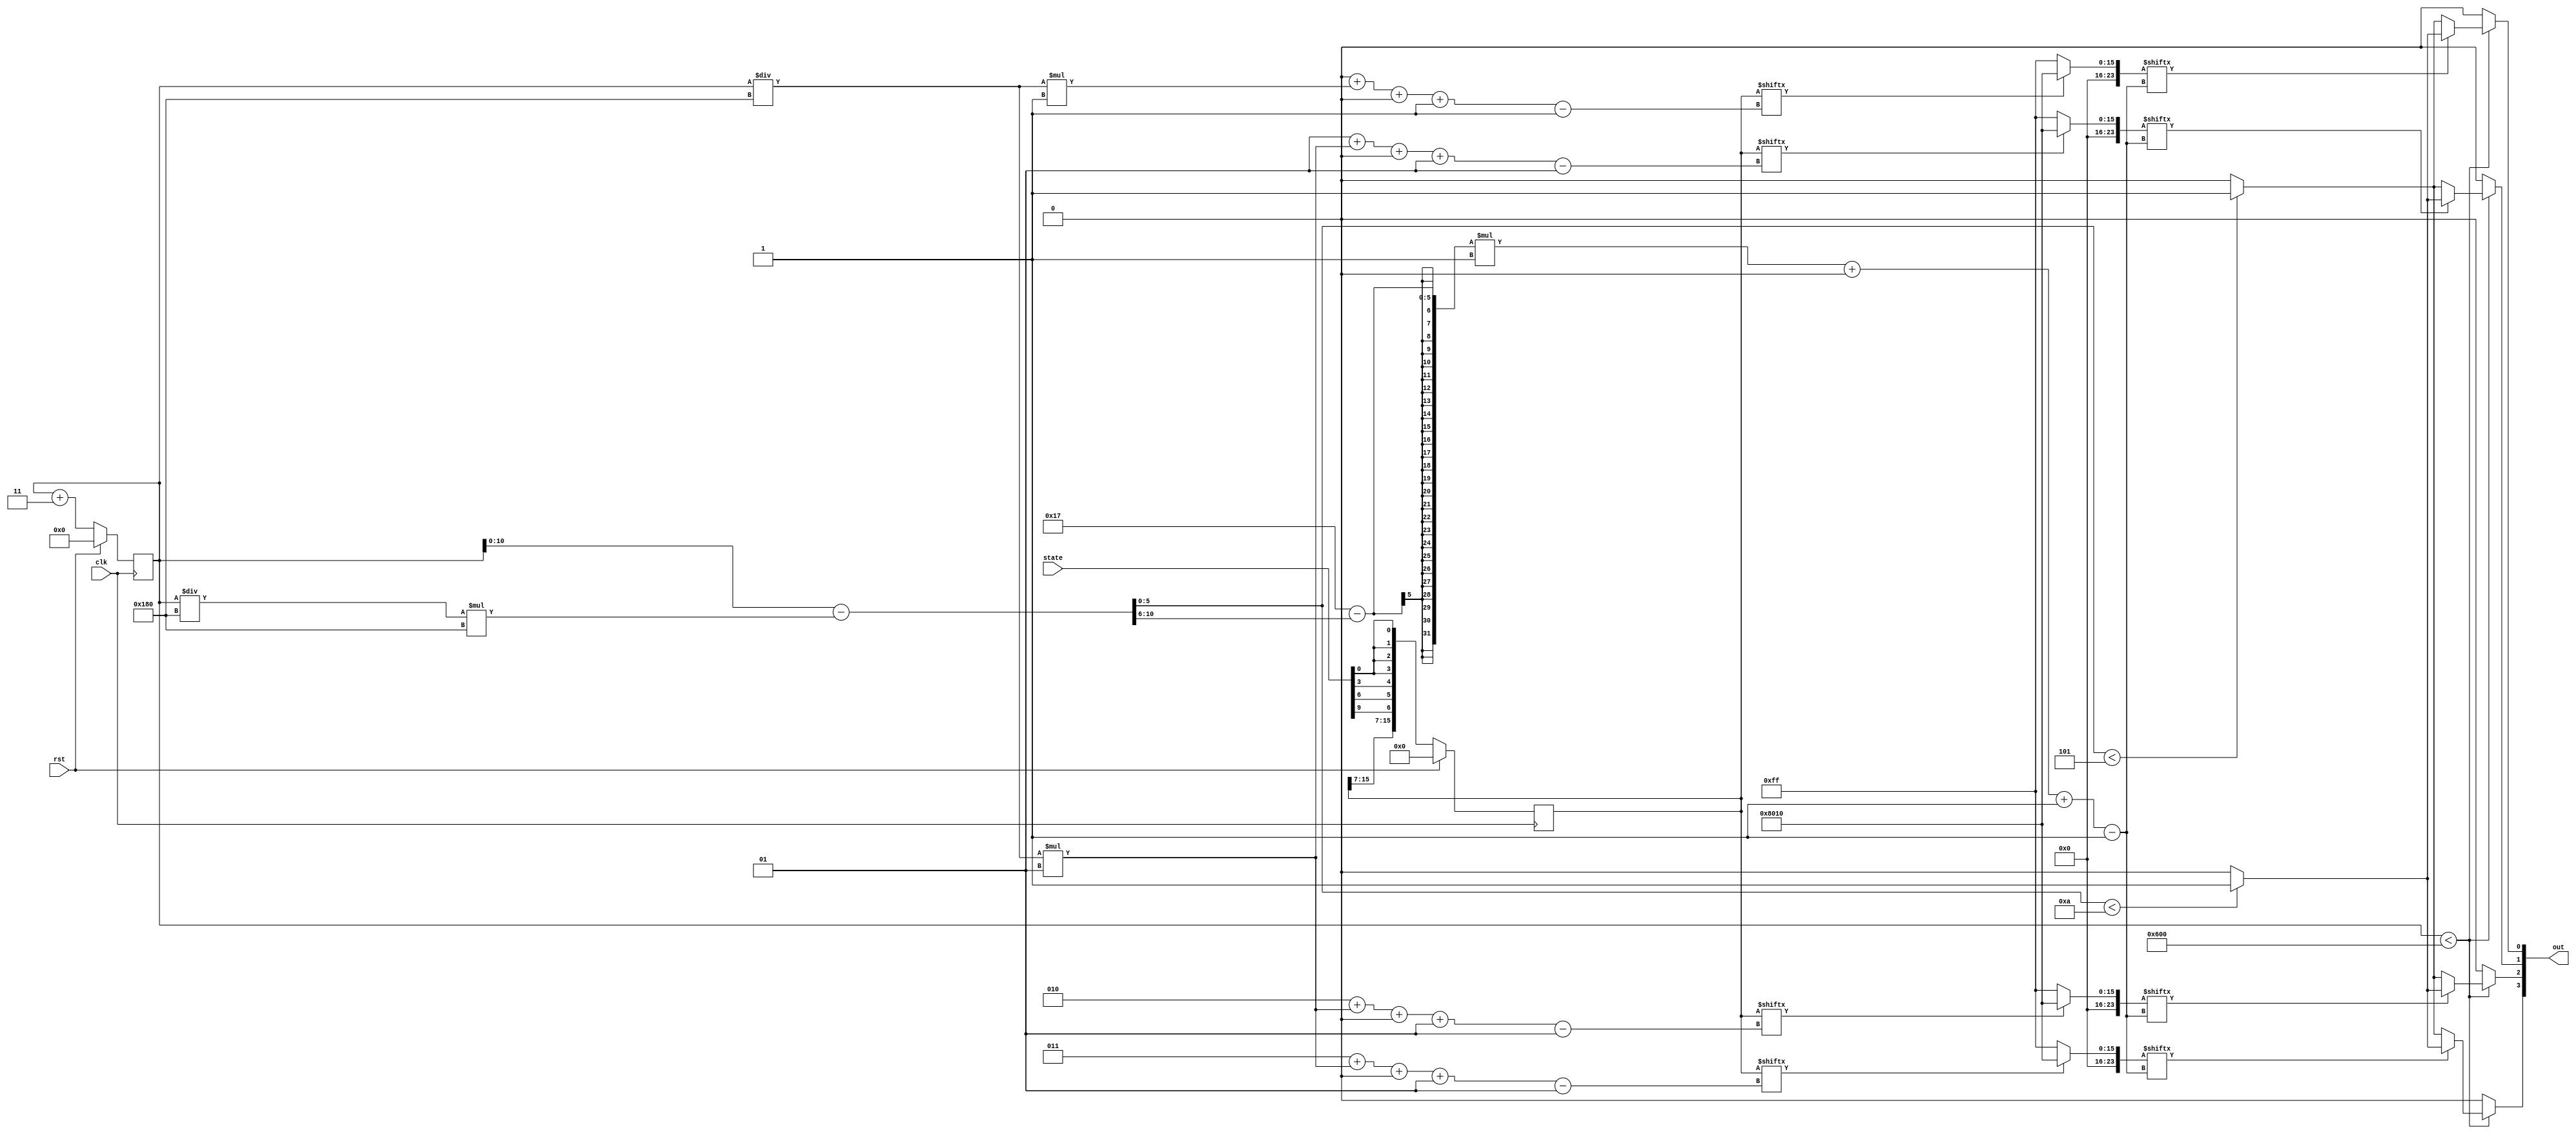
/*
   This file was generated automatically by Alchitry Labs version 1.2.7.
   Do not edit this file directly. Instead edit the original Lucid source.
   This is a temporary file and any changes made to it will be destroyed.
*/

module display_2 (
    input clk,
    input rst,
    input [15:0] state,
    output reg [3:0] out
  );
  
  
  
  localparam LED_OFF = 1'h0;
  
  localparam LED_0 = 1'h1;
  
  localparam COLOR_RED = 24'h008010;
  
  localparam COLOR_BLUE = 24'h0000ff;
  
  reg [15:0] M_board_d, M_board_q = 1'h0;
  
  reg [13:0] M_counter_d, M_counter_q = 1'h0;
  
  reg [10:0] foo;
  
  reg [0:0] led_state;
  
  reg [23:0] grb;
  
  integer r;
  integer c;
  
  always @* begin
    M_counter_d = M_counter_q;
    M_board_d = M_board_q;
    
    out = 4'h0;
    for (r = 1'h0; r < 3'h4; r = r + 1) begin
      for (c = 1'h0; c < 3'h4; c = c + 1) begin
        M_board_d[(r)*1+(c)*1+0-:1] = {state[(r * c)*1+0-:1], state[(r * c)*1+0-:1]};
      end
    end
    for (r = 1'h0; r < 3'h4; r = r + 1) begin
      if (M_counter_q < 13'h0600) begin
        c = M_counter_q / 10'h180;
        led_state = M_board_q[(r)*1+(c)*1+0-:1];
        
        case (led_state)
          1'h0: begin
            grb = 24'h0000ff;
          end
          1'h1: begin
            grb = 24'h008010;
          end
          default: begin
            grb = 24'h0000ff;
          end
        endcase
        foo = M_counter_q - ((M_counter_q / 10'h180) * 10'h180);
        if (grb[(5'h17 - (foo >> 3'h6))*1+0-:1] == 1'h0) begin
          if (foo[0+5-:6] < 3'h5) begin
            out[(r)*1+0-:1] = 1'h1;
          end
        end else begin
          if (foo[0+5-:6] < 4'ha) begin
            out[(r)*1+0-:1] = 1'h1;
          end
        end
      end
      M_counter_d = M_counter_q + 2'h3;
    end
  end
  
  always @(posedge clk) begin
    if (rst == 1'b1) begin
      M_board_q <= 1'h0;
    end else begin
      M_board_q <= M_board_d;
    end
  end
  
  
  always @(posedge clk) begin
    if (rst == 1'b1) begin
      M_counter_q <= 1'h0;
    end else begin
      M_counter_q <= M_counter_d;
    end
  end
  
endmodule